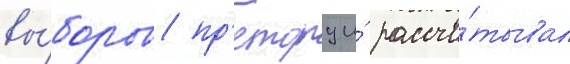
вы́боров пр'етору и́ рассчи́тывал